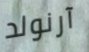
آرنولد